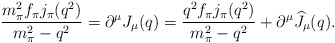
\begin{align*}\displaystyle{\frac{m_{\pi}^2f_{\pi}j_{\pi}(q^2)}{m_{\pi}^2-q^2}=\partial^{\mu} J_{\mu}(q)=\frac{q^2f_{\pi}j_{\pi}(q^2)}{m_{\pi}^2-q^2}+\partial^{\mu}\widehat J_{\mu}(q). }\end{align*}